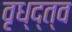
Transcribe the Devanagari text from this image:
वृध्द्त्व